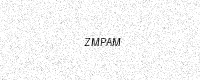
Text: ZMPAM